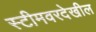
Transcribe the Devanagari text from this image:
स्टीमवरदेखील